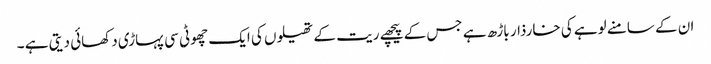
ان کے سامنے لوہے کی خارذار باڑھ ہے جس کے پیچھے ریت کے تھیلوں کی ایک چھوٹی سی پہاڑی دکھائی دیتی ہے ۔